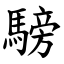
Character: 騯